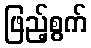
ဖြည့်စွက်